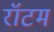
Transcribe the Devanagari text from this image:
रॉटम